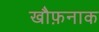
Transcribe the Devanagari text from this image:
खौफ़नाक